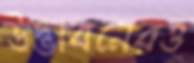
উদ্ভাবনেরও